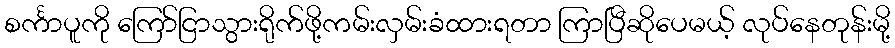
စင်္ကာပူကို ကြော်ငြာသွားရိုက်ဖို့ကမ်းလှမ်းခံထားရတာ ကြာပြီဆိုပေမယ့် လုပ်နေတုန်းမို့